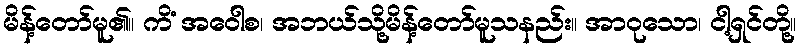
မိန့်တော်မူ၏။ ကိံ အဝေါစ၊ အဘယ်သို့မိန့်တော်မူသနည်း။ အာဝုသော၊ ငါ့ရှင်တို့။